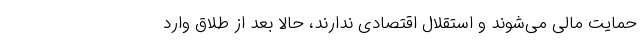
حمایت مالی می‌شوند و استقلال اقتصادی ندارند، حالا بعد از طلاق وارد